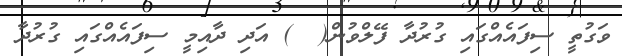
ވަގުތީ ސިފައެއްގައި ގުރުދާ ފޭލްވުން(  ) އަދި ދާއިމީ ސިފައެއްގައި ގުރުދާ